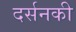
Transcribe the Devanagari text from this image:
दर्सनकी